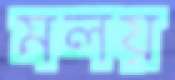
মলয়